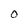
Character: O